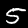
Label: 5